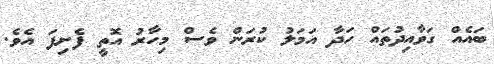
ބައެއް ގަވާއިދުތައް ހަދާ އަމަލު ކުރަން ވެސް މިހާރު އޮތީ ފެށިފަ އެވެ.